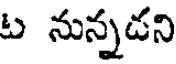
ట నున్నడని